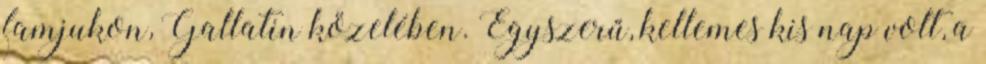
famjukon, Gallatin közelében. Egyszerű, kellemes kis nap volt, a